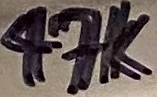
Text: 47k